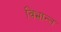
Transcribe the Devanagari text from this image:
विभ्रान्त